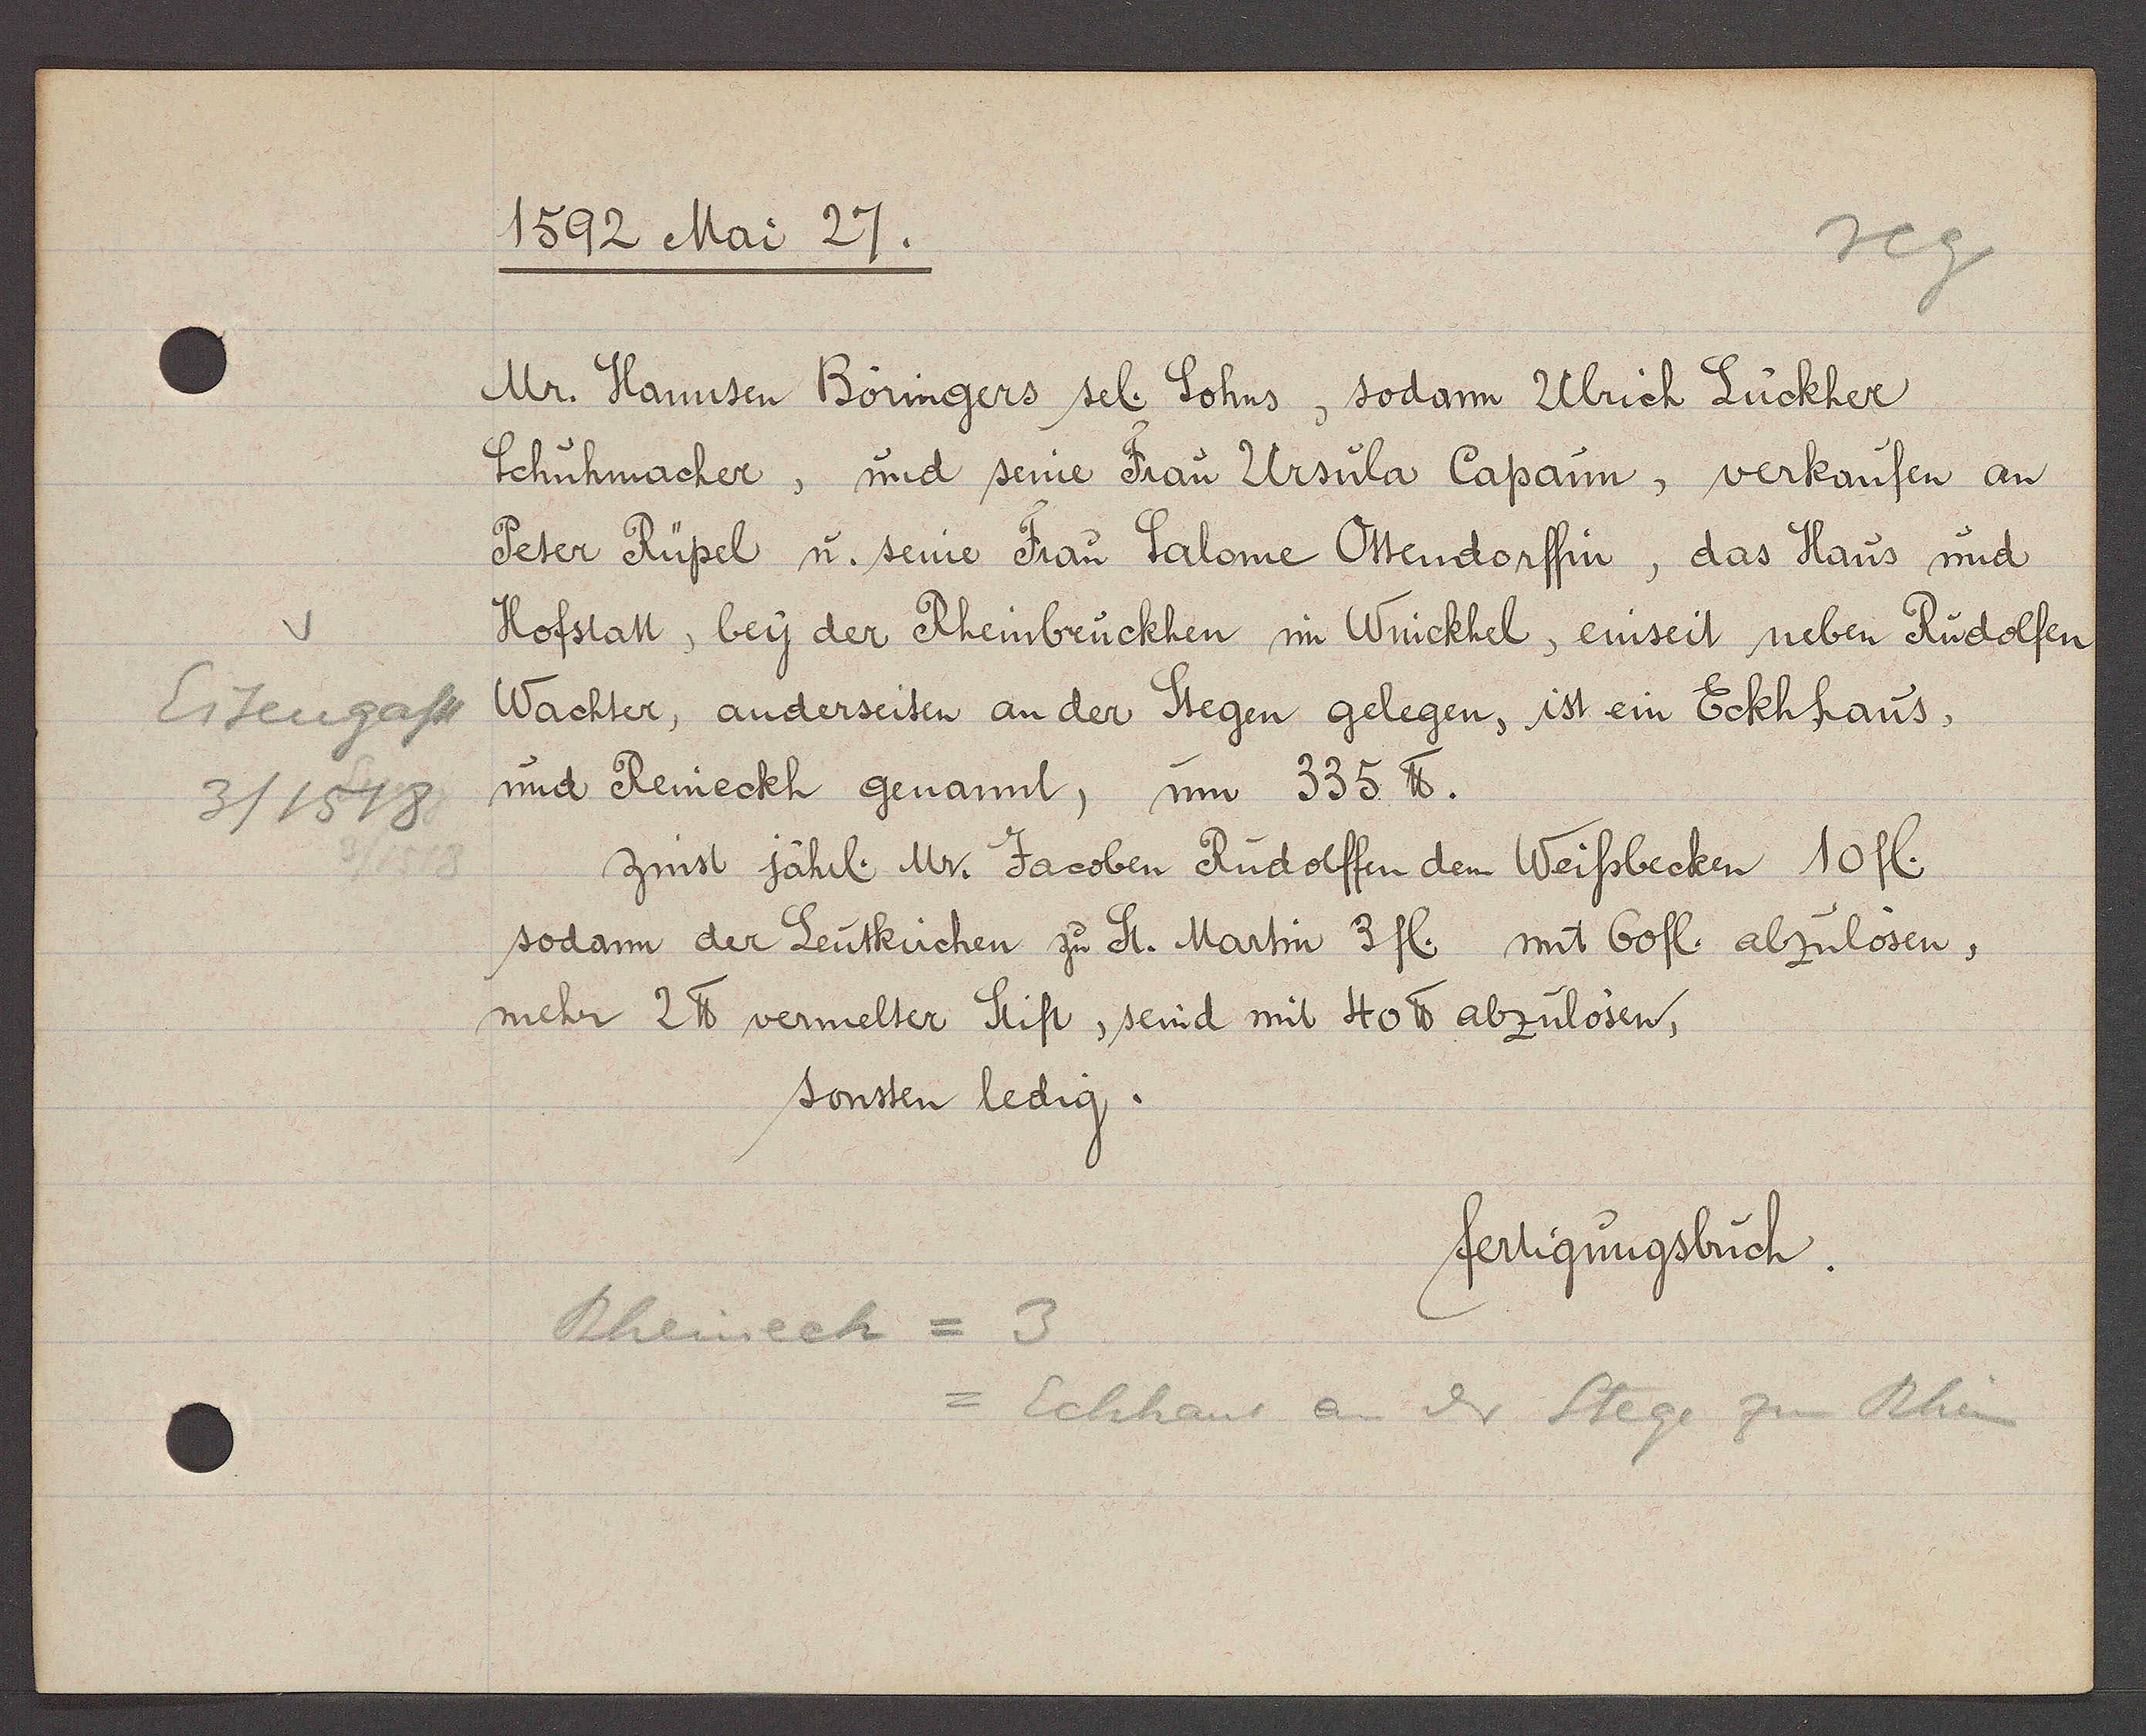
Transcript:
Eisengasse
3/1518

1592 Mai 27.
Mr. Hannsen Böringers sel. Sohns, sodann Ulrich Lückher
Schuhmacher, und seine Frau Ursula Capaun, verkaufen an
Peter Rüpel u. seine Frau Salome Ottendorffin, das Haus und
Hofstatt, bey der Rheinbruckhen im Winckhel, einseit neben Rudolfen
Wachter, anderseiten an der Stegen gelegen, ist ein Eckhhaus,
und Reineckh genannt, um 335 ℔.
zinst jährl. Mr. Jacoben Rudolffen dem Weissbecken 10 fl.
sodann der Leutkirchen zu St. Martin 3 fl. mit 60 fl. abzulösen,
mehr 2 ℔ vermelter Stift, seind mit 40 ℔ abzulösen,
sonsten ledig.
fertigungsbuch
Rheineck = 3
= Eckhaus an dr Stege zum Rhein